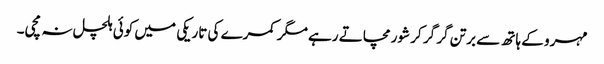
مہرو کے ہاتھ سے برتن گر گر کر شور مچاتے رہے مگر کمرے کی تاریکی میں کوئی ہلچل نہ مچی۔